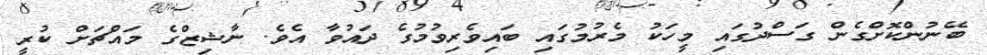
ބޭނުންކޮށްގެން ގަސްދުގައި މީހަކު މެރުމުގައި ބައިވެރިވުމުގެ ދައުވާ އެވެ. ނާޝިޒްގެ މައްޗަށް ކުރީ